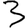
Digit: 3